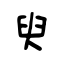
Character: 臾